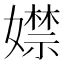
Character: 𡢾